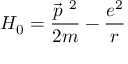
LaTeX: H _ { 0 } = \frac { \vec { p } ^ { ~ 2 } } { 2 m } - \frac { e ^ { 2 } } { r }